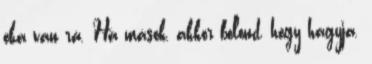
oka van rá. Ha mások, akkor bolond, hogy hagyja.